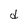
Character: d